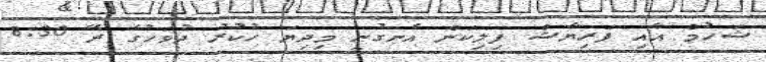
ޝަހުމް އާއި ފަރިޔާޝް ފިލިކަން އެނގުނީ މިދިޔަ ހުކުރު ދުވަހުގެ ރޭ 8:30